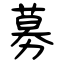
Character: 募